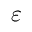
\varepsilon